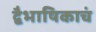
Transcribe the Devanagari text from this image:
द्वैभाषिकाचं